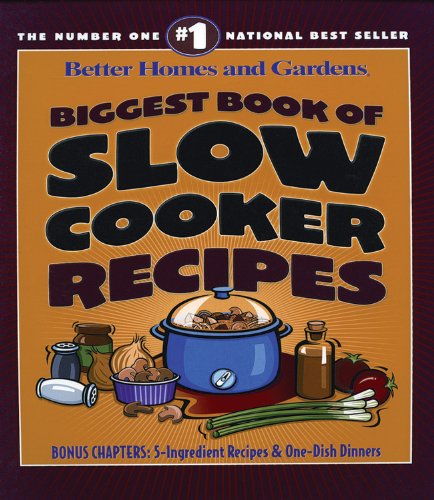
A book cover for Biggest Book of Slow Cooker Recipes (Better Homes and Gardens Cooking); Cookbooks, Food & Wine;